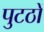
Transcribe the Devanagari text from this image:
पुटठों